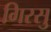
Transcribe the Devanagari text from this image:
गिरसु